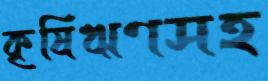
কৃষিঋণসহ